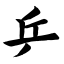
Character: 乒